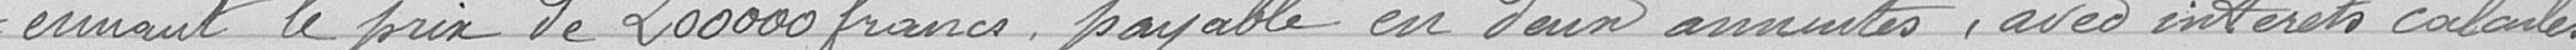
-nant le prix de 200000 francs payable en deux annuités, avec intérêts calculés